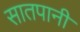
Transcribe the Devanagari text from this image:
सातपानी